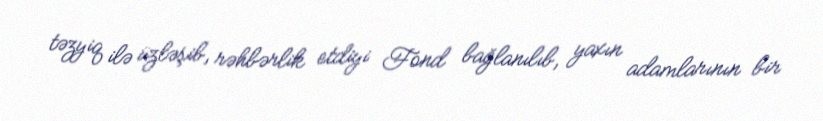
təzyiq ilə üzləşib, rəhbərlik etdiyi Fond bağlanılıb, yaxın adamlarının bir